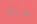
طارق